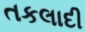
તકલાદી